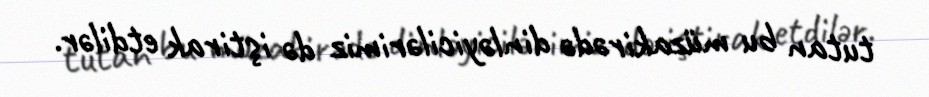
tutan bu müzakirədə dinləyicilərimiz də iştirak etdilər.